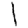
Digit: 1